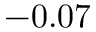
- 0 . 0 7